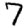
Digit: 7